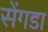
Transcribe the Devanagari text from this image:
सेंगडा